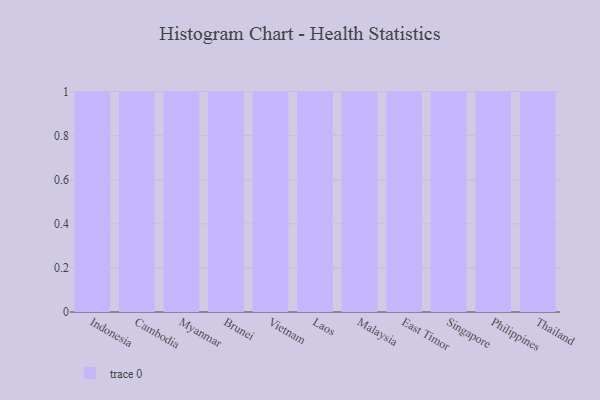
{"axis": {"x": "Country", "y": "Revenue (USD Million)"}, "legend": [""], "data": [{"x": "Indonesia", "y": 20, "type": ""}, {"x": "Cambodia", "y": 32, "type": ""}, {"x": "Myanmar", "y": 81, "type": ""}, {"x": "Brunei", "y": 62, "type": ""}, {"x": "Vietnam", "y": 83, "type": ""}, {"x": "Laos", "y": 15, "type": ""}, {"x": "Malaysia", "y": 15, "type": ""}, {"x": "East Timor", "y": 56, "type": ""}, {"x": "Singapore", "y": 39, "type": ""}, {"x": "Philippines", "y": 73, "type": ""}, {"x": "Thailand", "y": 90, "type": ""}]}